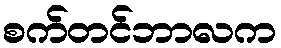
စက်တင်ဘာလက